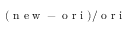
( \mathrm { ~ n ~ e ~ w ~ } - \mathrm { ~ o ~ r ~ i ~ } ) / \mathrm { ~ o ~ r ~ i ~ }